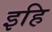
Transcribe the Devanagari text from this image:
इहि